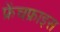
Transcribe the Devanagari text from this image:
फ्रेंचफ्राइस